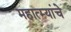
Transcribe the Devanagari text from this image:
महात्म्यांचे